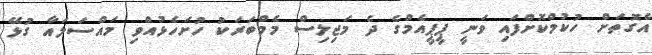
އެގޮތަށް ހުކުމްކޮށްފައި ވަނީ ޕީޕީއެމްގެ ދެ މަޖިލިސް މެމްބަރަކު ހުށަހެޅުއްވި މައްސަލައާ ގުޅޭ